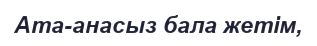
Ата-анасыз бала жетім,